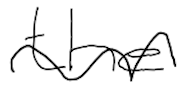
Text: the
Cross-out: wave
Writing tool: digital_black